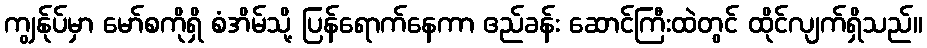
ကျွန်ုပ်မှာ မော်စကိုရှိ စံအိမ်သို့ ပြန်ရောက်နေကာ ဧည်ခန်း ဆောင်ကြီးထဲတွင် ထိုင်လျက်ရှိသည်။